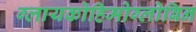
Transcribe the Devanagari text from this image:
ग्लायकोहिमोग्लोबिन